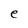
Character: e